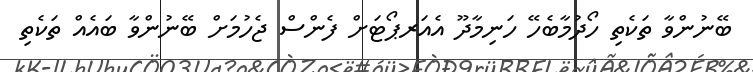
ބޭނުންވާ ތަކެތި ހޯދުމާބެހޭ ހަނިމާދޫ އެއަރޕޯޓަށް ފެންސް ޖެހުމަށް ބޭނުންވާ ބައެއް ތަކެތި